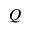
Q